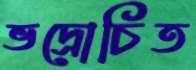
ভদ্রোচিত